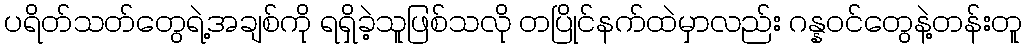
ပရိတ်သတ်တွေရဲ့အချစ်ကို ရရှိခဲ့သူဖြစ်သလို တပြိုင်နက်ထဲမှာလည်း ဂန္နဝင်တွေနဲ့တန်းတူ